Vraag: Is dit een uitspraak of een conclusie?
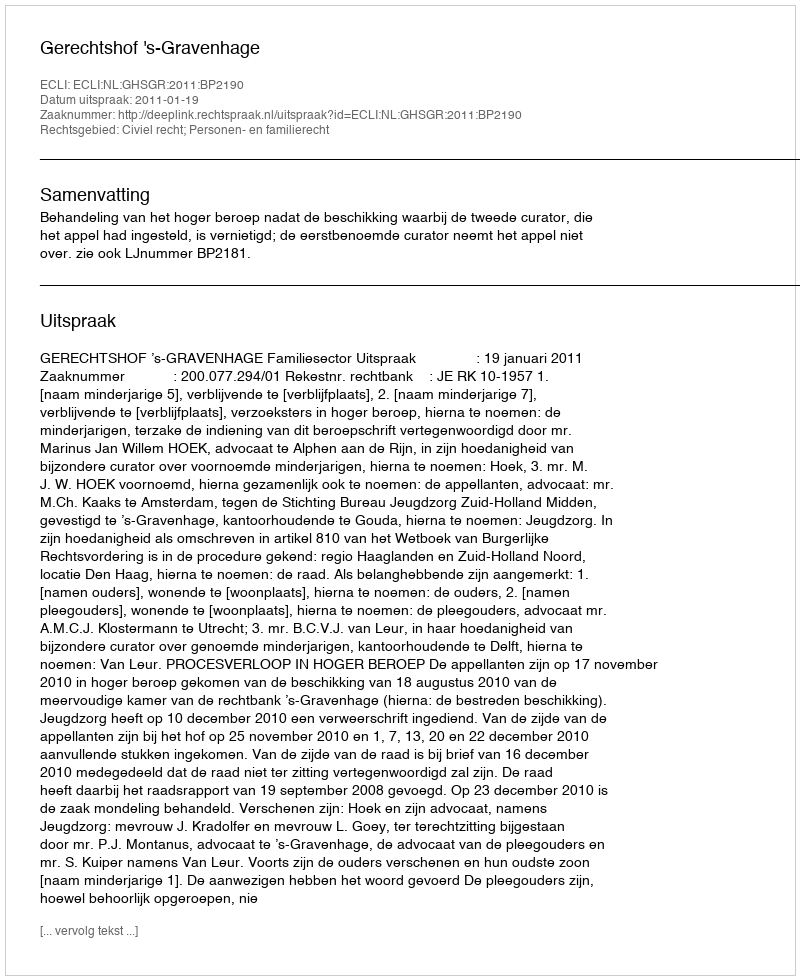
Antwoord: Uitspraak